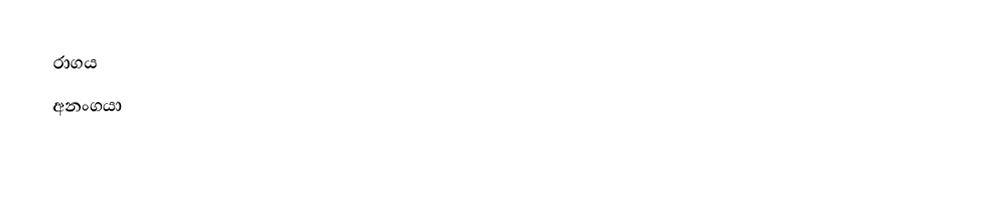
රාගය
 අනංගයා